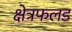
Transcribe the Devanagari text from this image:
क्षेत्रफलड